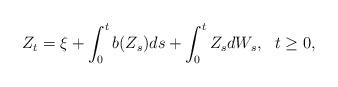
LaTeX: \begin{align*}Z_{t}=\xi +\int_{0}^{t}b(Z_{s})ds+\int_{0}^{t}Z_{s}dW_{s},\ \ t\geq 0,\end{align*}